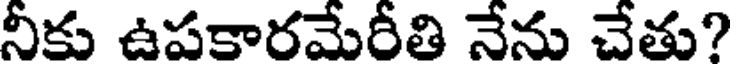
నీకు ఉపకారమేరీతి నేను చేతు?